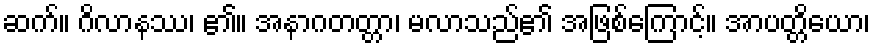
ဆက်။ ဂိလာနဿ၊ ၏။ အနာဂတတ္တာ၊ မလာသည်၏ အဖြစ်ကြောင့်။ အာပတ္တိယော၊